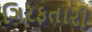
ગિરફતારી